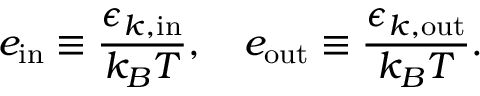
e _ { \mathrm { i n } } \equiv \frac { \epsilon _ { k , \mathrm { i n } } } { k _ { B } T } , \quad e _ { \mathrm { o u t } } \equiv \frac { \epsilon _ { k , \mathrm { o u t } } } { k _ { B } T } .